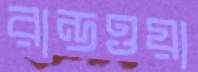
রান্ডওয়া